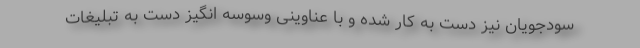
سودجویان نیز دست به کار شده و با عناوینی وسوسه انگیز دست به تبلیغات